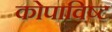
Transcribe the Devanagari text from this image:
कोपाविष्ट